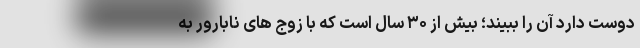
دوست دارد آن را ببیند؛ بیش از ۳۰ سال است که با زوج های نابارور به